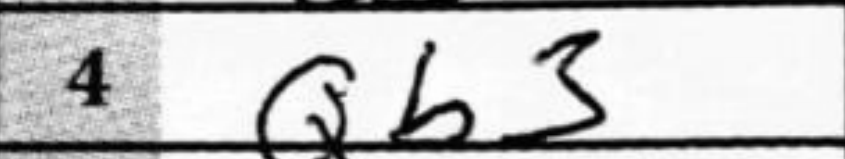
Transcription: Qb3